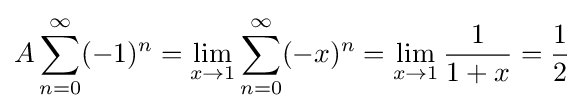
A\sum _{n=0}^{\infty }(-1)^{n}=\lim _{x\rightarrow 1}\sum _{n=0}^{\infty }(-x)^{n}=\lim _{x\rightarrow 1}{\frac {1}{1+x}}={\frac {1}{2}}